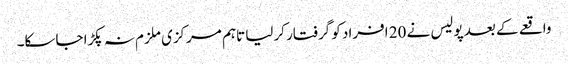
واقعے کے بعد پولیس نے 20 افراد کو گرفتار کرلیا تاہم مرکزی ملزم نہ پکڑا جاسکا۔